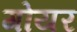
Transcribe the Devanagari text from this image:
गोयर